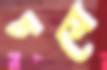
চসে